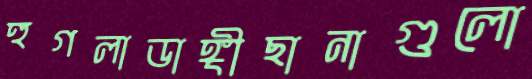
হুগলাডাঙ্গীছানাগুলো